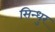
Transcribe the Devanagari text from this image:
सिन्‍धुर